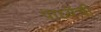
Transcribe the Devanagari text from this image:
पाध्येंची